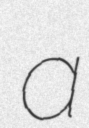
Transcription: a